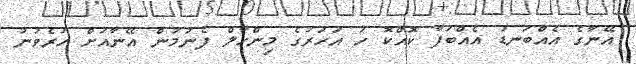
އޭނާގެ އެއްބަނޑު އެއްބަފާ ކޮއްކޮ ހަ އަހަރުގެ މިންހާލް ފެނުމުން އޭނާއަށް ހުރެވުނު